Civil Veterinary Department. Madras. Admin. report 1926-33 - 1926-1933
Year: 1926
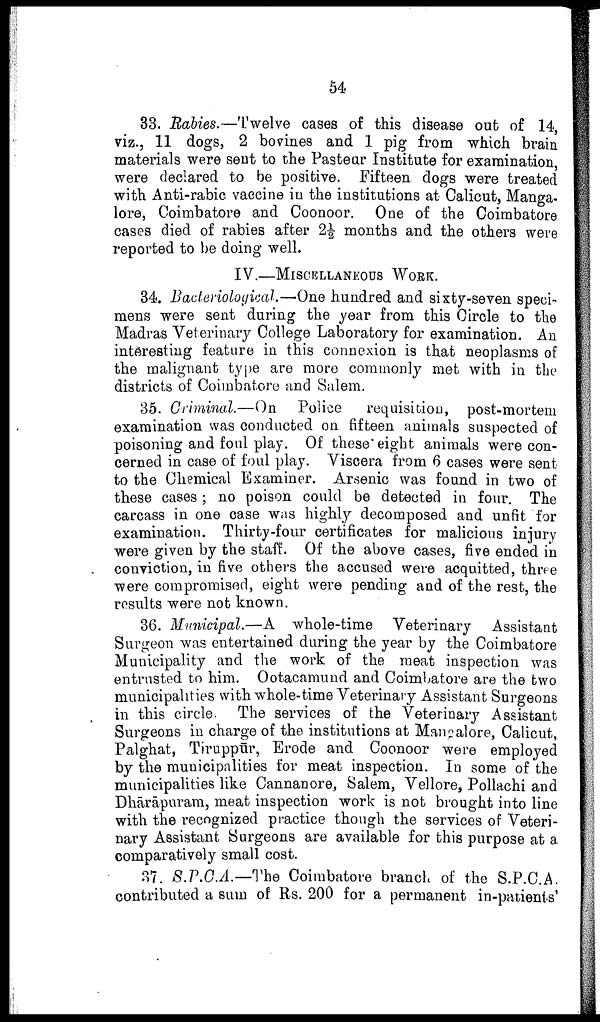
54
33. Rabies.—Twelve cases of this disease out of 14,
viz., 11 dogs, 2 bovines and 1 pig from which brain
materials were sent to the Pasteur Institute for examination
were declared to be positive. Fifteen dogs were treated
with Anti-rabic vaccine in the institutions at Calicut, Manga-
lore, Coimbatore and Coonoor. One of the Coimbatore
cases died of rabies after 2½ months and the others were
reported to be doing well.
IV.—MISCELLANEOUS WORK.
34. Bacteriological.—One hundred and sixty-seven speci
mens were sent during the year from this Circle to the
Madras Veterinary College Laboratory for examination. An
interesting feature in this connexion is that neoplasms of
the malignant type are more commonly met with in the
districts of Coimbatore and Salem.
35. Criminal.—On
Police
requisition, post-mortem
examination was conducted on fifteen animals suspected of
poisoning and foul play. Of these eight animals were con
cerned in case of foul play. Viscera from 6 cases were sent
to the Chemical Examiner. Arsenic was found in two of
these cases; no poison could be detected in four. The
carcass in one case was highly decomposed and unfit for
examination. Thirty-four certificates for malicious injury
were given by the staff. Of the above cases, five ended in
conviction, in five others the accused were acquitted, three
were compromised, eight were pending and of the rest, the
results were not known.
36. Municipal.—A whole-time Veterinary Assistant
Surgeon was entertained during the year by the Coimbatore
Municipality and the work of the meat inspection was
entrusted to him. Ootacamund and Coimbatore are the two
municipalities with whole-time Veterinary Assistant Surgeons
in this circle. The services of the Veterinary Assistant
Surgeons in charge of the institutions at Mangalore, Calicut,
Palghat, Tiruppūr, Erode and Coonoor were employed
by the municipalities for meat inspection. In some of the
municipalities like Cannanore, Salem, Vellore, Pollachi and
Dhārāpuram, meat inspection work is not brought into line
with the recognized practice though the services of Veteri
nary Assistant Surgeons are available for this purpose at a
comparatively small cost.
37. S.P.C.A.— The Coimbatore branch of the S.P.C.A.
contributed a sum of Rs. 200 for a permanent in-patients'